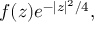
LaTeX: f ( z ) e ^ { - \vert z \vert ^ { 2 } / 4 } ,